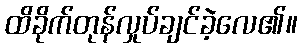
ထိခိုက်တုန်လှုပ်ချင်ခဲ့လေ၏။